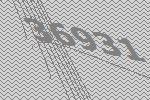
36931